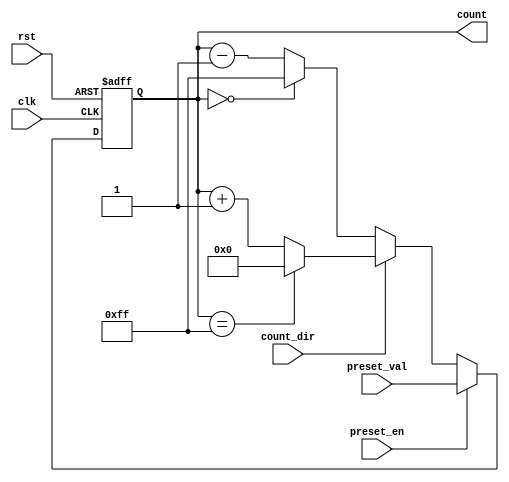
module presettable_counter (
    input wire clk,                // Clock signal
    input wire rst,                // Asynchronous reset
    input wire preset_en,          // Preset enable signal
    input wire [7:0] preset_val,   // Preset value (8-bit)
    input wire count_dir,          // Count direction (1 = up, 0 = down)
    output reg [7:0] count         // Current count value (8-bit)
);

    // Maximum count value for 8-bit counter
    localparam MAX_COUNT = 8'hFF;

    // Asynchronous reset and preset logic
    always @(posedge clk or posedge rst) begin
        if (rst) begin
            count <= 8'b0;          // Reset the counter to 0
        end else if (preset_en) begin
            count <= preset_val;    // Load preset value into counter
        end else begin
            // Count up or down
            if (count_dir) begin
                if (count == MAX_COUNT) begin
                    count <= 8'b0;  // Wrap around to 0
                end else begin
                    count <= count + 1; // Increment count
                end
            end else begin
                if (count == 8'b0) begin
                    count <= MAX_COUNT; // Wrap around to MAX_COUNT
                end else begin
                    count <= count - 1; // Decrement count
                end
            end
        end
    end

endmodule